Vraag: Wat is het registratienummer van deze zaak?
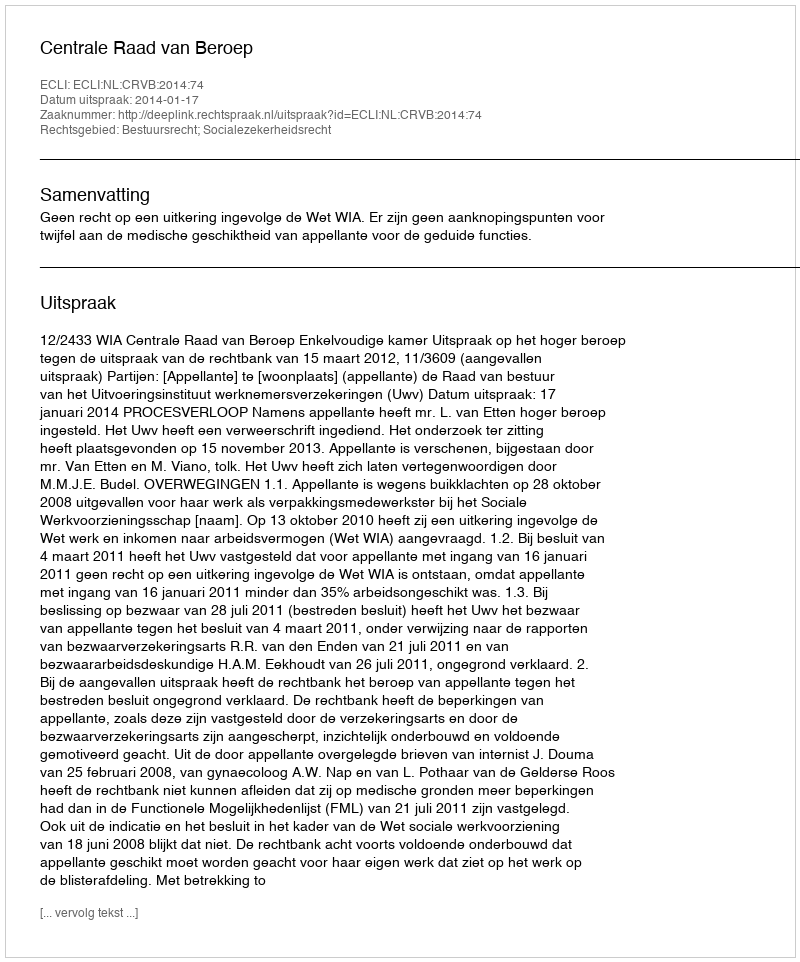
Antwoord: http://deeplink.rechtspraak.nl/uitspraak?id=ECLI:NL:CRVB:2014:74